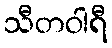
သီတဝါရီ